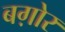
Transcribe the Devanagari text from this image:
बग़ोर